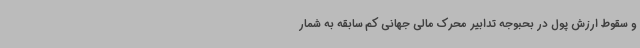
و سقوط ارزش پول در بحبوجه تدابیر محرک مالی جهانی کم سابقه به شمار